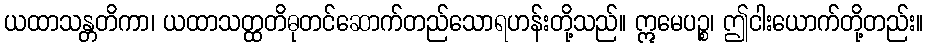
ယထာသန္တတိကာ၊ ယထာသတ္ထတိဓုတင်ဆောက်တည်သောရဟန်းတို့သည်။ ဣမေပဉ္စ၊ ဤငါးယောက်တို့တည်း။